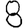
Digit: 8